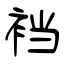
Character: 裆